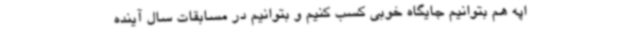
اپه هم بتوانیم جایگاه خوبی کسب کنیم و بتوانیم در مسابقات سال آینده